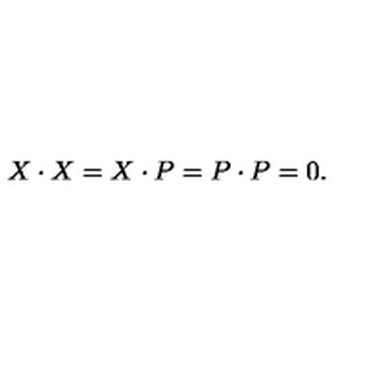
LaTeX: X \cdot X = X \cdot P = P \cdot P = 0 .